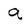
Character: a